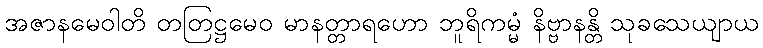
အဇာနမေဝါတိ တတြဋ္ဌမေဝ မာနတ္တာရဟော ဘူရိကမ္မံ နိဗ္ဗာနန္တိ သုခသေယျာယ